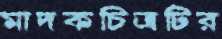
মাদকচিত্রটির